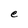
Character: e